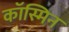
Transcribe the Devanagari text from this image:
कॉस्मिन